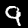
Label: 9